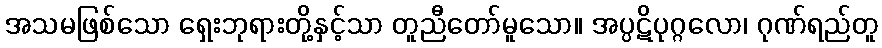
အသမဖြစ်သော ရှေးဘုရားတို့နှင့်သာ တူညီတော်မူသော။ အပ္ပဋိပုဂ္ဂလော၊ ဂုဏ်ရည်တူ